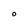
Character: O